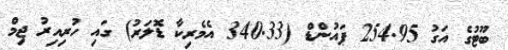
ބޫޓުގެ އަގު 254.95 ޕައުންޑް (340.33 އެމެރިކާ ޑޮލަރު) ގައި ހުރިއިރު ޖިމް